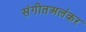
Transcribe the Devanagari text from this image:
संगीतअलंकर